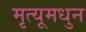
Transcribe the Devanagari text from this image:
मृत्यूमधुन